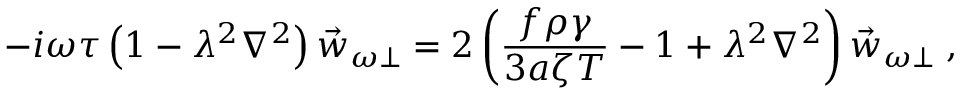
- i \omega \tau \left( 1 - \lambda ^ { 2 } \nabla ^ { 2 } \right) \vec { w } _ { \omega \perp } = 2 \left( \frac { f \rho \gamma } { 3 a \zeta T } - 1 + \lambda ^ { 2 } \nabla ^ { 2 } \right) \vec { w } _ { \omega \perp } \; ,